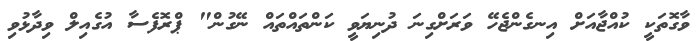
ވާގޮތަކީ ކުއްޖާއަށް އިނގެންޖެހޭ ވަރަށްގިނަ ދުނިޔަވީ ކަންތައްތައް ނޭގުން" ޕްރޮފެސާ އުގެއިލް ވިދާޅުވި